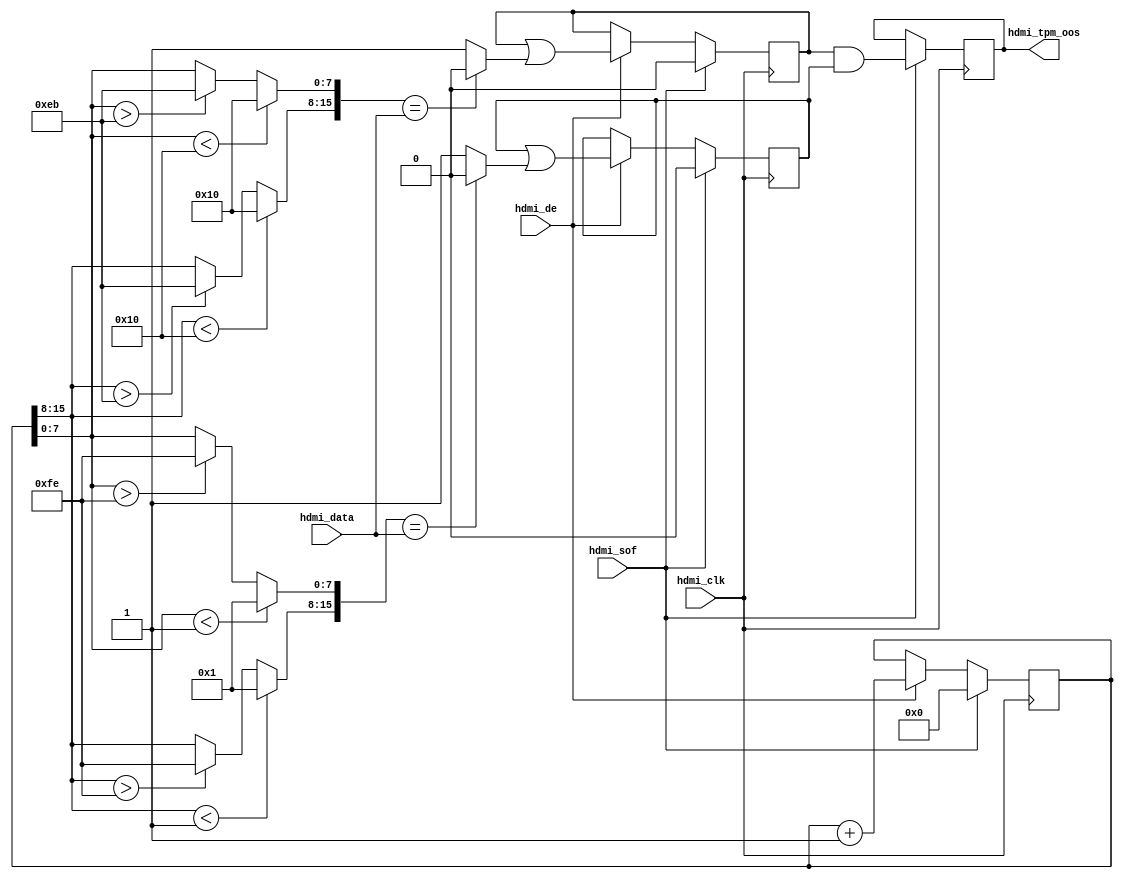
// ***************************************************************************
// ***************************************************************************
// Copyright 2011-2015(c) Analog Devices, Inc.
//
// All rights reserved.
//
// Redistribution and use in source and binary forms, with or without modification,
// are permitted provided that the following conditions are met:
//     - Redistributions of source code must retain the above copyright
//       notice, this list of conditions and the following disclaimer.
//     - Redistributions in binary form must reproduce the above copyright
//       notice, this list of conditions and the following disclaimer in
//       the documentation and/or other materials provided with the
//       distribution.
//     - Neither the name of Analog Devices, Inc. nor the names of its
//       contributors may be used to endorse or promote products derived
//       from this software without specific prior written permission.
//     - The use of this software may or may not infringe the patent rights
//       of one or more patent holders.  This license does not release you
//       from the requirement that you obtain separate licenses from these
//       patent holders to use this software.
//     - Use of the software either in source or binary form, must be run
//       on or directly connected to an Analog Devices Inc. component.
//
// THIS SOFTWARE IS PROVIDED BY ANALOG DEVICES "AS IS" AND ANY EXPRESS OR IMPLIED WARRANTIES,
// INCLUDING, BUT NOT LIMITED TO, NON-INFRINGEMENT, MERCHANTABILITY AND FITNESS FOR A
// PARTICULAR PURPOSE ARE DISCLAIMED.
//
// IN NO EVENT SHALL ANALOG DEVICES BE LIABLE FOR ANY DIRECT, INDIRECT, INCIDENTAL, SPECIAL,
// EXEMPLARY, OR CONSEQUENTIAL DAMAGES (INCLUDING, BUT NOT LIMITED TO, INTELLECTUAL PROPERTY
// RIGHTS, PROCUREMENT OF SUBSTITUTE GOODS OR SERVICES; LOSS OF USE, DATA, OR PROFITS; OR
// BUSINESS INTERRUPTION) HOWEVER CAUSED AND ON ANY THEORY OF LIABILITY, WHETHER IN CONTRACT,
// STRICT LIABILITY, OR TORT (INCLUDING NEGLIGENCE OR OTHERWISE) ARISING IN ANY WAY OUT OF
// THE USE OF THIS SOFTWARE, EVEN IF ADVISED OF THE POSSIBILITY OF SUCH DAMAGE.
// ***************************************************************************
// ***************************************************************************

module axi_hdmi_rx_tpm (
  hdmi_clk,
  hdmi_sof,
  hdmi_de,
  hdmi_data,

  hdmi_tpm_oos);

  input           hdmi_clk;
  input           hdmi_sof;
  input           hdmi_de;
  input   [15:0]  hdmi_data;
  output          hdmi_tpm_oos;

  wire    [15:0]  hdmi_tpm_lr_data_s;
  wire            hdmi_tpm_lr_mismatch_s;
  wire    [15:0]  hdmi_tpm_fr_data_s;
  wire            hdmi_tpm_fr_mismatch_s;

  reg     [15:0]  hdmi_tpm_data = 'd0;
  reg             hdmi_tpm_lr_mismatch = 'd0;
  reg             hdmi_tpm_fr_mismatch = 'd0;
  reg             hdmi_tpm_oos = 'd0;

  // Limited range
  assign hdmi_tpm_lr_data_s[15:8] = (hdmi_tpm_data[15:8] < 8'h10) ? 8'h10 :
    ((hdmi_tpm_data[15:8] > 8'heb) ? 8'heb : hdmi_tpm_data[15:8]);
  assign hdmi_tpm_lr_data_s[ 7:0] = (hdmi_tpm_data[ 7:0] < 8'h10) ? 8'h10 :
    ((hdmi_tpm_data[ 7:0] > 8'heb) ? 8'heb : hdmi_tpm_data[ 7:0]);
  assign hdmi_tpm_lr_mismatch_s = (hdmi_tpm_lr_data_s == hdmi_data) ? 1'b0 : 1'b1;

  // Full range
  assign hdmi_tpm_fr_data_s[15:8] = (hdmi_tpm_data[15:8] < 8'h01) ? 8'h01 :
    ((hdmi_tpm_data[15:8] > 8'hfe) ? 8'hfe : hdmi_tpm_data[15:8]);
  assign hdmi_tpm_fr_data_s[ 7:0] = (hdmi_tpm_data[ 7:0] < 8'h01) ? 8'h01 :
    ((hdmi_tpm_data[ 7:0] > 8'hfe) ? 8'hfe : hdmi_tpm_data[ 7:0]);
  assign hdmi_tpm_fr_mismatch_s = (hdmi_tpm_fr_data_s == hdmi_data) ? 1'b0 : 1'b1;

  always @(posedge hdmi_clk) begin
    if (hdmi_sof == 1'b1) begin
      hdmi_tpm_data <= 16'd0;
      hdmi_tpm_lr_mismatch <= 1'd0;
      hdmi_tpm_fr_mismatch <= 1'd0;
      hdmi_tpm_oos <= hdmi_tpm_lr_mismatch & hdmi_tpm_fr_mismatch;
    end else if (hdmi_de == 1'b1) begin
      hdmi_tpm_data <= hdmi_tpm_data + 1'b1;
      hdmi_tpm_lr_mismatch <= hdmi_tpm_lr_mismatch | hdmi_tpm_lr_mismatch_s;
      hdmi_tpm_fr_mismatch <= hdmi_tpm_fr_mismatch | hdmi_tpm_fr_mismatch_s;
    end
  end

endmodule